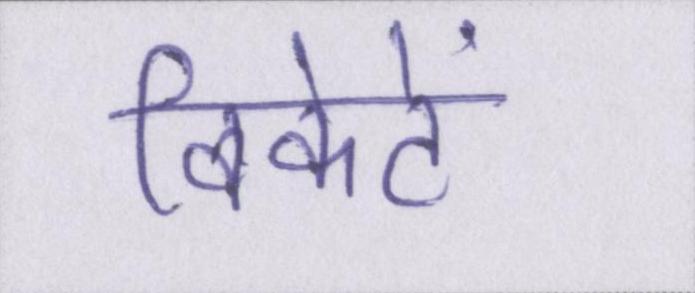
विकेटें